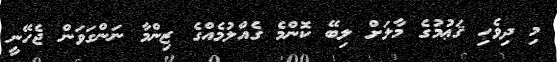
މި ދިވެހި ޤަޢުމުގެ މާލަށް ލިބޭ ކޮންމެ ގެއްލުމެއްގެ ޒިންމާ ނަންގަވަން ޖެހޭނީ